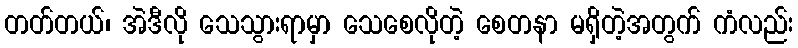
တတ်တယ်၊ အဲဒီလို သေသွားရာမှာ သေစေလိုတဲ့ စေတနာ မရှိတဲ့အတွက် ကံလည်း